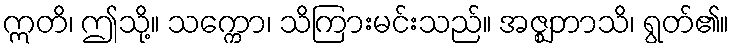
ဣတိ၊ ဤသို့။ သက္ကော၊ သိကြားမင်းသည်။ အဇ္ဈဘာသိ၊ ရွတ်၏။